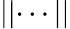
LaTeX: \lvert\lvert\cdots\lvert\lvert